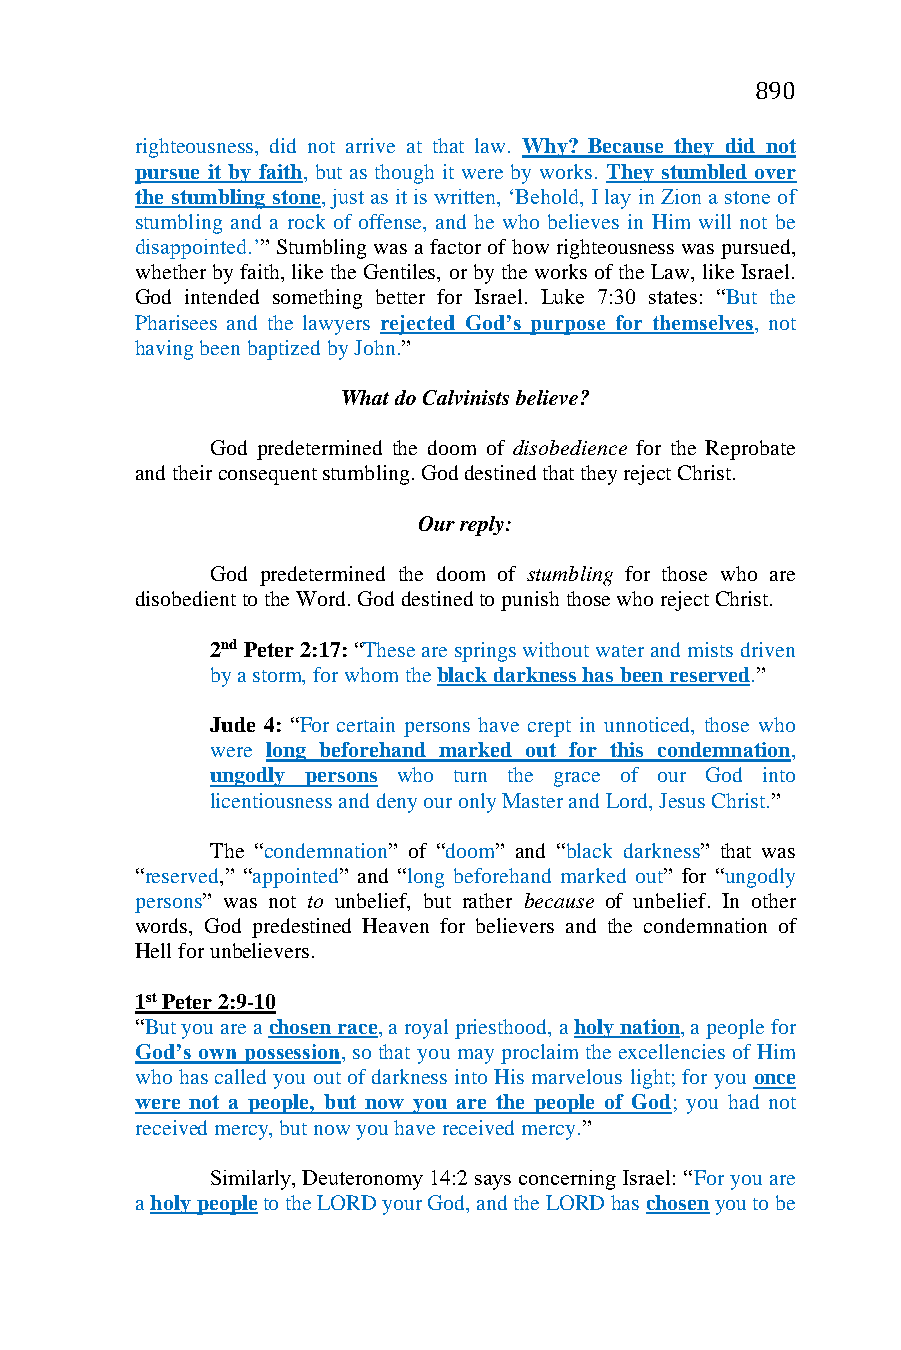
890
 righteousness, did not arrive at that law. Why? Because they did not
 pursue it by faith, but as though it were by works. They stumbled over
 the stumbling stone, just as it is written, ‘Behold, I lay in Zion a stone of
 stumbling and a rock of offense, and he who believes in Him will not be
 disappointed.’” Stumbling was a factor of how righteousness was pursued,
 whether by faith, like the Gentiles, or by the works of the Law, like Israel.
 God intended something better for Israel. Luke 7:30 states: “But the
 Pharisees and the lawyers rejected God’s purpose for themselves, not
 having been baptized by John.”
 What do Calvinists believe?
 God predetermined the doom of disobedience for the Reprobate
 and their consequent stumbling. God destined that they reject Christ.
 Our reply:
 God predetermined the doom of stumbling for those who are
 disobedient to the Word. God destined to punish those who reject Christ.
 2nd Peter 2:17: “These are springs without water and mists driven
 by a storm, for whom the black darkness has been reserved.”
 Jude 4: “For certain persons have crept in unnoticed, those who
 were long beforehand marked out for this condemnation,
 ungodly persons who turn the grace of our God into
 licentiousness and deny our only Master and Lord, Jesus Christ.”
 The “condemnation” of “doom” and “black darkness” that was
 “reserved,” “appointed” and “long beforehand marked out” for “ungodly
 persons” was not to unbelief, but rather because of unbelief. In other
 words, God predestined Heaven for believers and the condemnation of
 Hell for unbelievers.
 1st Peter 2:9-10
 “But you are a chosen race, a royal priesthood, a holy nation, a people for
 God’s own possession, so that you may proclaim the excellencies of Him
 who has called you out of darkness into His marvelous light; for you once
 were not a people, but now you are the people of God; you had not
 received mercy, but now you have received mercy.”
 Similarly, Deuteronomy 14:2 says concerning Israel: “For you are
 a holy people to the LORD your God, and the LORD has chosen you to be